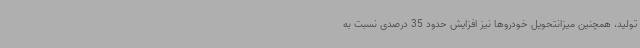
تولید، همچنین میزانتحویل خودروها نیز افزایش حدود 35 درصدی نسبت به